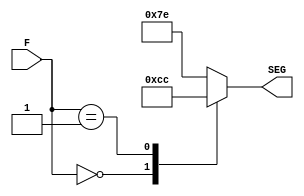
module S2L2(F,SEG);
	input [2:0] F;
	output reg [6:0] SEG;
	
	parameter [6:0] cero 	= 7'b0000001;
	parameter [6:0] cuatro 	= 7'b1001100;
	parameter [6:0] guion 	= 7'b1111110;
	
	always @(F)
		begin
			case(F)
				0: 		SEG = cero;
				1: 		SEG = cuatro;
				default: SEG = guion;
			endcase
		end
	endmodule